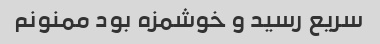
سریع رسید و خوشمزه بود ممنونم